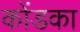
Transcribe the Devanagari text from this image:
कोंडका